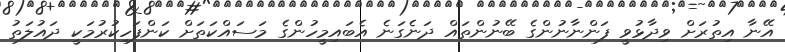
އޭނާ އިތުރަށް ވިދާޅުވީ ފަންނާނުންގެ ބޭނުންތައް ދަނެގަނެ އެބައިމީހުންގެ މަސައްކަތަށް ކަންފަހިކުރުމަކީ ދައުލަތު